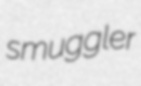
smuggler